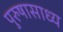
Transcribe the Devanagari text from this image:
पुरुषासाध्य